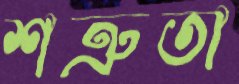
শত্রুতা